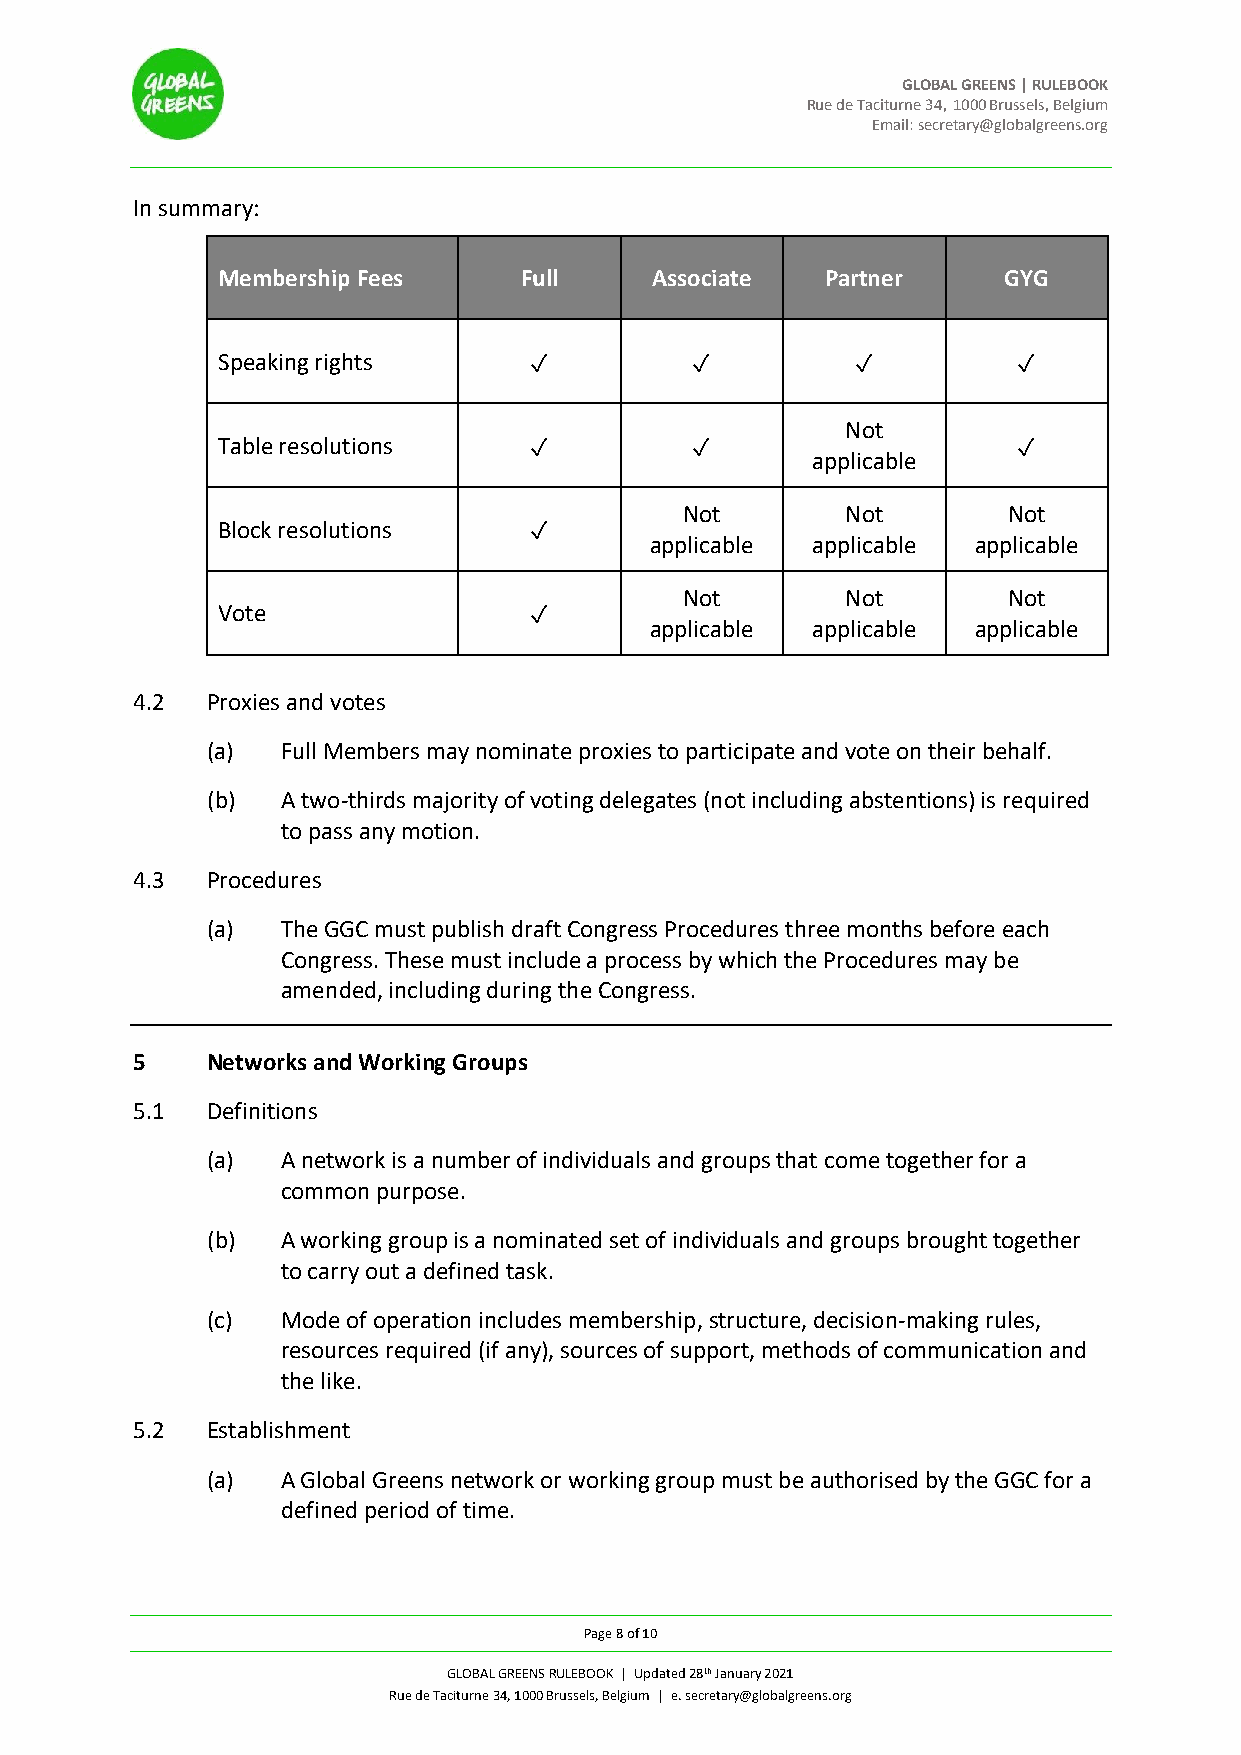
GLOBAL GREENS | RULEBOOK
 Rue de Taciturne 34, 1000 Brussels, Belgium
 Email: secretary@globalgreens.org
 In summary:
 Membership Fees     Full     Associate   Partner    GYG
 Speaking rights      ✓          ✓          ✓         ✓
 Not
 Table resolutions    ✓          ✓                    ✓
 applicable
 Not        Not        Not
 Block resolutions    ✓
 applicable applicable applicable
 Not        Not        Not
 Vote                 ✓
 applicable applicable applicable
 4.2  Proxies and votes
 (a)  Full Members may nominate proxies to participate and vote on their behalf.
 (b)  A two-thirds majority of voting delegates (not including abstentions) is required
 to pass any motion.
 4.3  Procedures
 (a)  The GGC must publish draft Congress Procedures three months before each
 Congress. These must include a process by which the Procedures may be
 amended, including during the Congress.
 5    Networks and Working Groups
 5.1  Definitions
 (a)  A network is a number of individuals and groups that come together for a
 common purpose.
 (b)  A working group is a nominated set of individuals and groups brought together
 to carry out a defined task.
 (c)  Mode of operation includes membership, structure, decision-making rules,
 resources required (if any), sources of support, methods of communication and
 the like.
 5.2  Establishment
 (a)  A Global Greens network or working group must be authorised by the GGC for a
 defined period of time.
 Page 8 of 10
 GLOBAL GREENS RULEBOOK | Updated 28th January 2021
 Rue de Taciturne 34, 1000 Brussels, Belgium | e. secretary@globalgreens.org